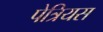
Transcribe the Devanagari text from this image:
पेत्रियस